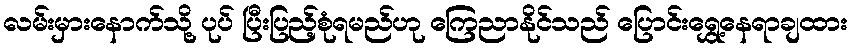
လမ်းမှားနောက်သို့ ပုပ် ပြီးပြည့်စုံရမည်ဟု ကြေညာနိုင်သည် ပြောင်းရွှေ့နေရာချထား